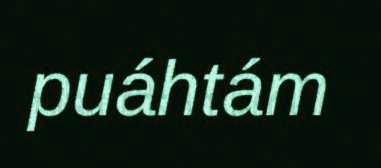
puáhtám